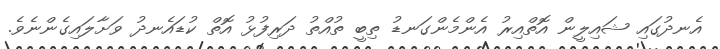
އެނދުގައި ޝައިލީން އޮތްއިރު އެންމެންގަނޑު ތިބީ ތުއްތު ދަރިފުޅު އޮތް ކުޑައެނދު ވަށާލައިގެންނެވެ.